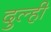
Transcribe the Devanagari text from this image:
दुल्ही